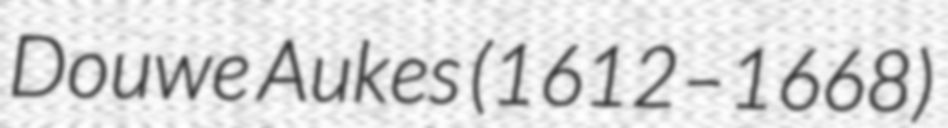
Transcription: Douwe Aukes (1612–1668)